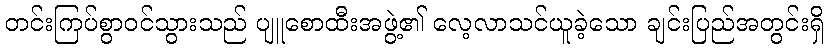
တင်းကြပ်စွာဝင်သွားသည် ပျူစောထီးအဖွဲ့၏ လေ့လာသင်ယူခဲ့သော ချင်းပြည်အတွင်းရှိ